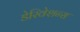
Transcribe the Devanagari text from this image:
डेरिवेशन्स